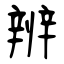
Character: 辨